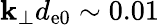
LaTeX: \mathbf{k}_{\perp}d_{\mathrm{{e0}}}\sim0.01